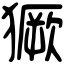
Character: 獗